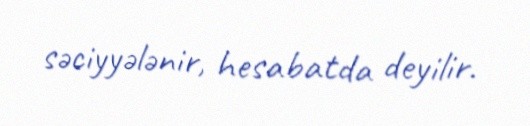
səciyyələnir, hesabatda deyilir.